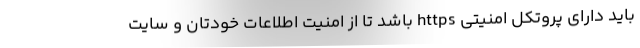
باید دارای پروتکل امنیتی https باشد تا از امنیت اطلاعات خودتان و سایت